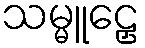
သမ္မူဠှေ